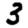
Digit: 3